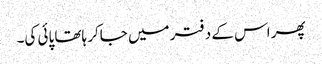
پھر اس کے دفتر میں جاکر ہاتھا پائی کی۔